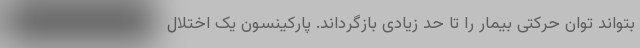
بتواند توان حرکتی بیمار را تا حد زیادی بازگرداند. پارکینسون یک اختلال